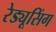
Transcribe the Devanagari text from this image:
रेड्यूसिंग